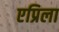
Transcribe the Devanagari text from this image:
एप्रिला